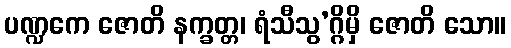
ပဏ္ဍကေ ဇောတိ နက္ခတ္တ၊ ရံသီသွ’ဂ္ဂိမှိ ဇောတိ သော။